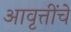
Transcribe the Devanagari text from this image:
आवृत्तींचे